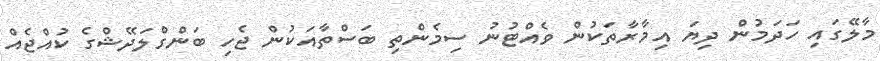
މާލޭގައި ހަދަމުން ދިޔަ އިމާރާތަކުން ވެއްޓުނު ސިމެންތި ބަސްތާއަކުން ޖެހި ބަންގްލަދޭޝްގެ ކުއްޖެއް